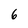
Character: 6